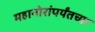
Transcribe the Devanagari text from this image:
महानोरांपर्यंतच्या